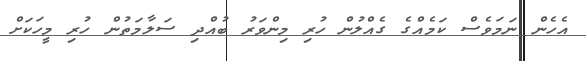
އެހެން ނަމަވެސް ކަމެއްގެ ގެއްލުން ހުރި މިންވަރު ބުއްދި ސަލާމަތުން ހުރި މީހަކަށް